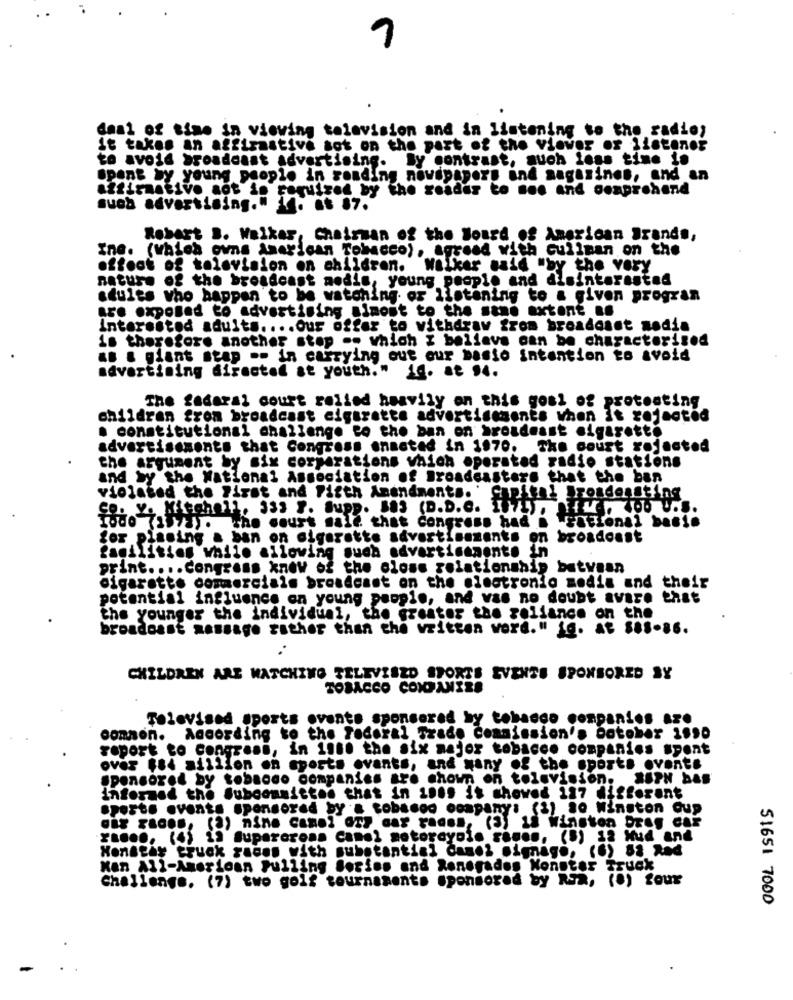
deal of time in viewing television and in listening to the radioy
it takes an affirmative sot on the part of the viewer of listener
to avoid broadcast advertising. By contrast, auch logs time is
spent by young people in roading novepapers and magazines, and an
affirmative aot is required by the reader to see and comprehend
suob advertising." 14. .. 87.
Robert B. Walkar, Chairman of the Board of American Brands,
Ine. (which owns American Tobacco), agreed with culinan on the
offoot of television on children. Walker said "by the very
nature of the broadcast medis, young people and disinterested
seules who happen to be watching or listening to a given progran
are exposed to advertising simost to the sand extent no
interested adults .... Our offer to withdraw from broadoset nodia
is therefore another stop .. which I believe can be characterized
as a giant stap .- in carrying out our basio intention to avoid
advertising directed st youth."
14. at 14.
The federal court rolled heavily on this goal of protesting
children from broadcast cigarette advertisements when it rejected
. constitutional challenge to the ban on broadcast cigarette
advertisements that Congress enacted in 1970. The court rejected
the argument by six corporations which operated radio stations
and by the National Association of Broadcasters that the ban
violated the First and Fifth Amendments.'
Çe. Y. Mitchell, 333 7. Supp. 583 (D.D.C.
acho court sall that Congress had
for planing a ban on cigarette advertisements on broadonst
facilities while allowing such advartimanente in
print .... Congress know of the close relationship between
cigarette commercials broadcast on the electronic media and their
potential influence on young people, and vas no doubt avare that
the younger the individual, the greater the reliance on the
broadcast massage rather than the written word." ig. At $88-86.
CHILDREN ARE WATCHING TELEVISZD SPORTS EVENTS SPONSORED BY
TOBACCO CONPANIZA
Televised sports events sponsored by tobacco companies are
common. According to the Federal Trade Commission's botober 1990
report to congress, in 1960 the six major tobacco companies spont
over $84 million on sports events, and yany of the sports events
sponsored by tobacco companies are shown on television. 86PN bas
informed the Subcommittee that in ions is showed 127 different
sports events sponsored by a tobacco company: (1) 80 Winston Cup
ra .... (4) 19 Supercross camel motorayolo canon, (5) 12 Hud and
Honstay truck radom with substantial danoi signage, (6) 82 Red
Kan All-American Pulling Sories and Renegados Monster Truck
Challenge. (7) two golf tournaments sponsored by RSa, (8) four
51651 7000